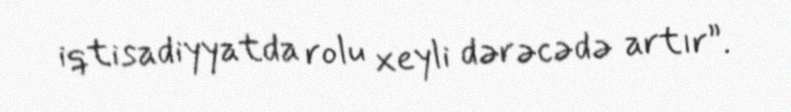
iqtisadiyyatda rolu xeyli dərəcədə artır”.